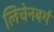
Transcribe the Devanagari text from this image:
लिचेनबर्ग